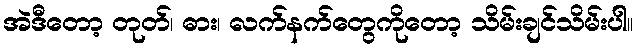
အဲဒီတော့ တုတ်၊ ဓား၊ လက်နက်တွေကိုတော့ သိမ်းချင်သိမ်းပါ။